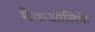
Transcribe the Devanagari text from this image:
मैकओलिफे